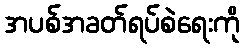
အပစ်အခတ်ရပ်စဲရေးကို